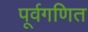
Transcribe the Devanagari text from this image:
पूर्वगणित